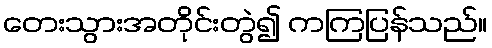
တေးသွားအတိုင်းတွဲ၍ ကကြပြန်သည်။